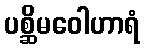
ပစ္ဆိမဝေါဟာရံ